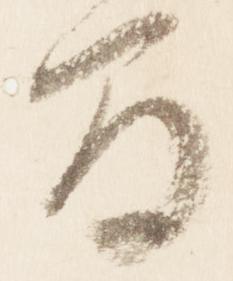
間